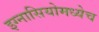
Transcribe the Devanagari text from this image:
इग्नासियोमध्येच